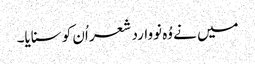
میں نے وُہ نووارد شعر اُن کو سنایا۔